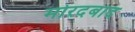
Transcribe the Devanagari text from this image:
मोरदबाद